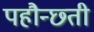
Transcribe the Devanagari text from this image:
पहौन्छ्ती